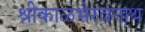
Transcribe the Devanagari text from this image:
श्रीकाळभैरवनाथ